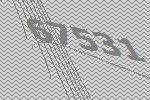
67531